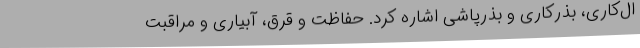
ال‌کاری، بذرکاری و بذرپاشی اشاره کرد. حفاظت و قرق، آبیاری و مراقبت